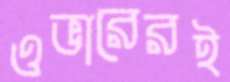
ওভারেরই